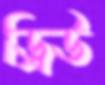
ড্রিউ